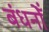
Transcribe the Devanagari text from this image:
बंधनोँ